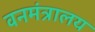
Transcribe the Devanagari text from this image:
वनमंत्रालय